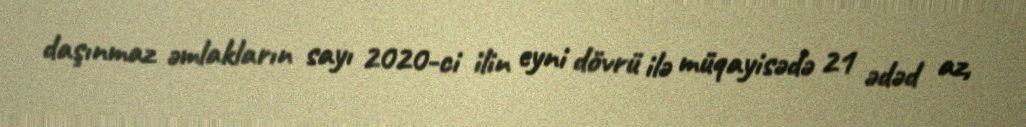
daşınmaz əmlakların sayı 2020-ci ilin eyni dövrü ilə müqayisədə 21 ədəd az,